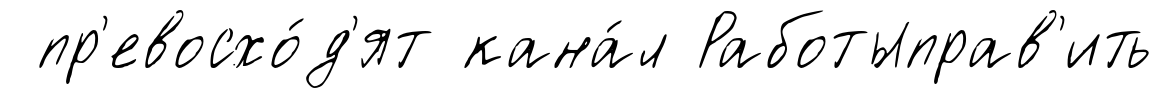
пр'евосхо́д'ят кана́л Работыправ'ить